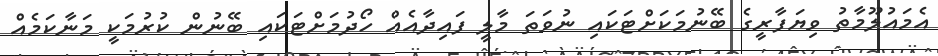
އެމައުލޫމާތު ވިޔަފާރީގެ ބޭނުމަކަށްޓަކައި ނުވަތަ މާލީ ފައިދާއެއް ހޯދުމަށްޓަކައި ބޭނުން ކުރުމަކީ މަނާކަމެއް